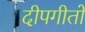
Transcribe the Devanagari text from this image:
दीपगीतों